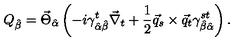
Q _ { \hat { \beta } } = \vec { \Theta } _ { \hat { \alpha } } \left( - i \gamma _ { \hat { \alpha } \hat { \beta } } ^ { t } \vec { \nabla } _ { t } + \frac { 1 } { 2 } \vec { q } _ { s } \times \vec { q } _ { t } \gamma _ { \hat { \beta } \hat { \alpha } } ^ { s t } \right) .